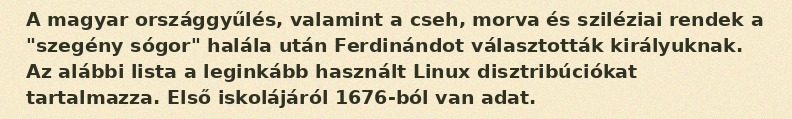
A magyar országgyűlés, valamint a cseh, morva és sziléziai rendek a "szegény sógor" halála után Ferdinándot választották királyuknak. Az alábbi lista a leginkább használt Linux disztribúciókat tartalmazza. Első iskolájáról 1676-ból van adat.